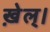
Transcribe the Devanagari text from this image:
ख़ेल्।